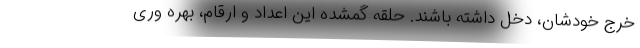
خرج خودشان، دخل داشته باشند. حلقه گمشده این اعداد و ارقام، بهره ­وری